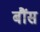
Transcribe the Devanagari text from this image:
बौंस